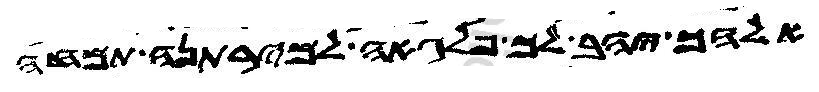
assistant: אלהך יהב לך פלגאה למירתנה תמחה